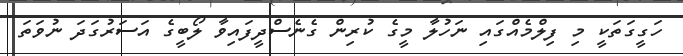
ހަގީގަތަކީ މި ފިލްމެއްގައި ނަހުލާ މީގެ ކުރިން ގެނެސްދީފައިވާ ލޯބީގެ އަސަރުގަދަ ނުވަތަ